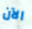
الآن